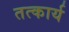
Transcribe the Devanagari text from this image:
तत्कार्य